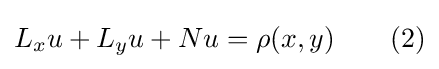
L_{x}u+L_{y}u+Nu=\rho (x,y)\qquad (2)